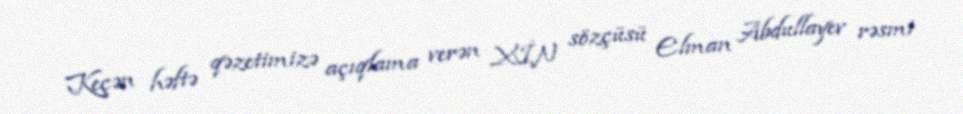
Keçən həftə qəzetimizə açıqlama verən XİN sözçüsü Elman Abdullayev rəsmi